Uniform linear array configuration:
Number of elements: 24
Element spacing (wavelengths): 0.75
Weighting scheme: uniform
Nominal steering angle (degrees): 0
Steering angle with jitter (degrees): -1.977
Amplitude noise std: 0.05
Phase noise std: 0.05

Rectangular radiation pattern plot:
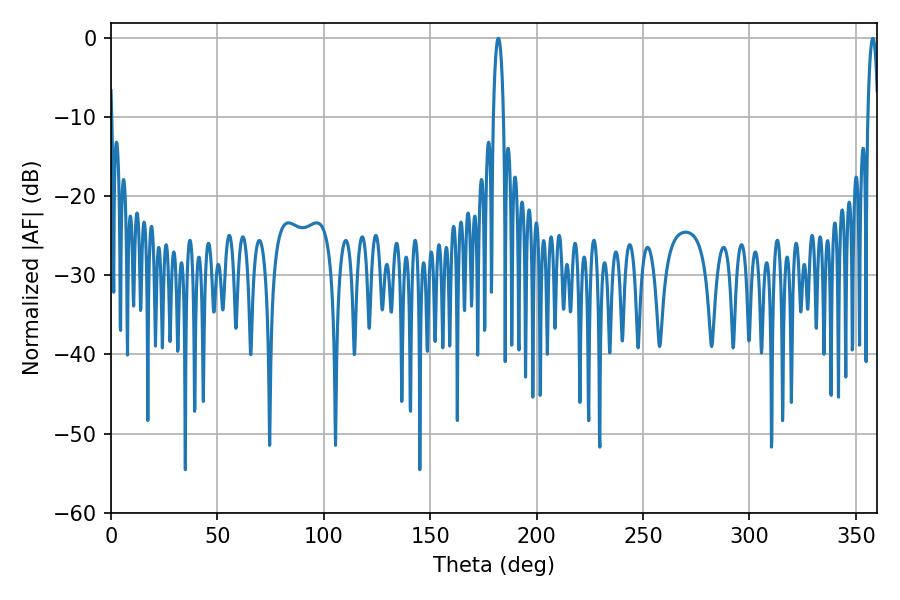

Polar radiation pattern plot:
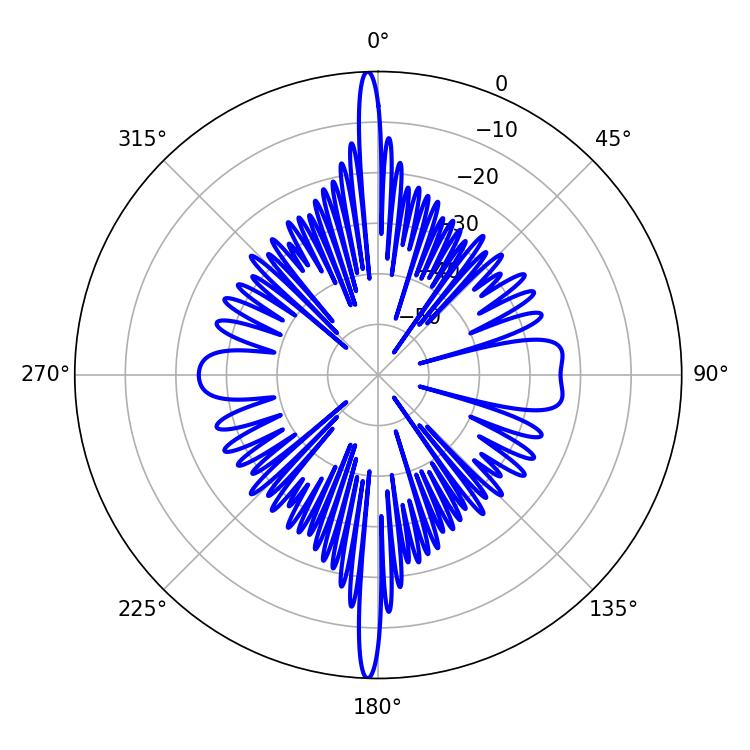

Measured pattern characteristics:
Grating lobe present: TRUE
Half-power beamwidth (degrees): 2.7
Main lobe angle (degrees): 181.98